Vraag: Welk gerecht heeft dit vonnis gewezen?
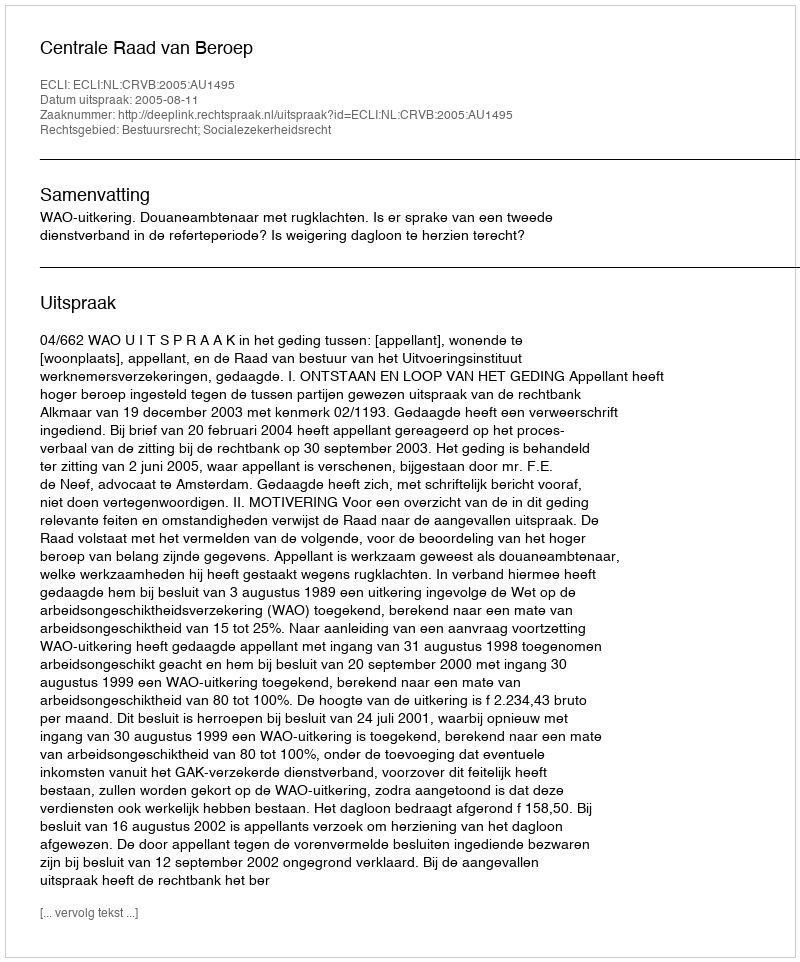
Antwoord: Centrale Raad van Beroep